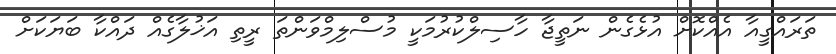
ތަރައްގީއާ އެއްކޮށް އުޅެގެން ނަތީޖާ ހާސިލްކުރުމަކީ މުސްލިމްވަންތަ ރީތި އަޚުލާގެއް ދައްކާ ބަޔަކަށް